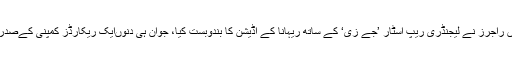
جنوری 2005ء میں راجرز نے لیجنڈری ریپ اسٹار ’جے زی‘ کے ساتھ ریہانا کے آڈیشن کا بندوبست کیا، جواُن ہی دنوںایک ریکارڈز کمپنی کےصدر منتخب ہوئے تھے۔